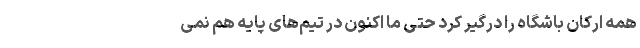
همه ارکان باشگاه را درگیر کرد حتی ما اکنون در تیم‌های پایه هم نمی